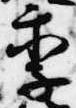
季